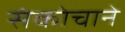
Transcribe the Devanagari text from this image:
संकोचाने